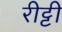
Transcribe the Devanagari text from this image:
रीट्टी